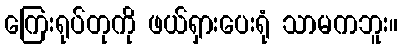
ကြေးရုပ်တုကို ဖယ်ရှားပေးရုံ သာမကဘူး။